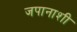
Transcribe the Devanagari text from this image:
जपानाशी